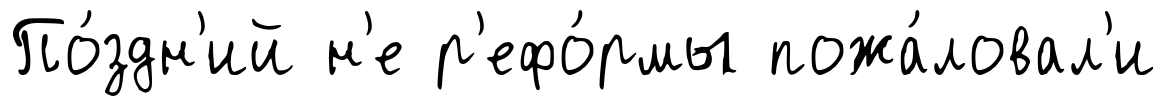
По́здн'ий н'е р'ефо́рмы пожа́ловал'и